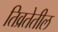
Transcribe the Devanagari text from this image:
तिव्रतेतील